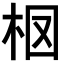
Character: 𣐏